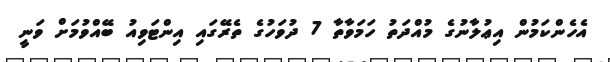
އެހެންކަމުން އިޢުލާނުގެ މުއްދަތު ހަމަވާތާ 7 ދުވަހުގެ ތެރޭގައި އިންޓަވިއު ބޭއްވުމަށް ވަނީ